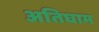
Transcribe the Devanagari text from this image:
अतिघाम